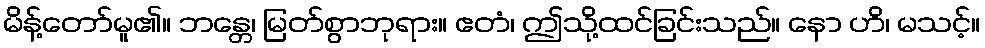
မိန့်တော်မူ၏။ ဘန္တေ၊ မြတ်စွာဘုရား။ ဧတံ၊ ဤသို့ထင်ခြင်းသည်။ နော ဟိ၊ မသင့်။